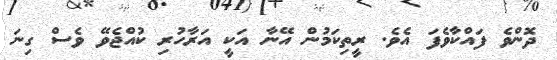
ދޮންވެ ފައްކާވެފަ އެވެ. ރީތިކަމުން އޭނާ އަކީ އަރާހުރި ކުއްޖެވޭ ވެސް ގިނަ